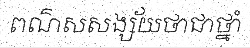
ពណ៌សសង្ស័យថាជាថ្នាំ